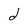
Character: d